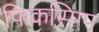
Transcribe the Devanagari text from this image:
फिकसिग्ग